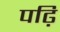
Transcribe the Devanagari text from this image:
पढ़ि